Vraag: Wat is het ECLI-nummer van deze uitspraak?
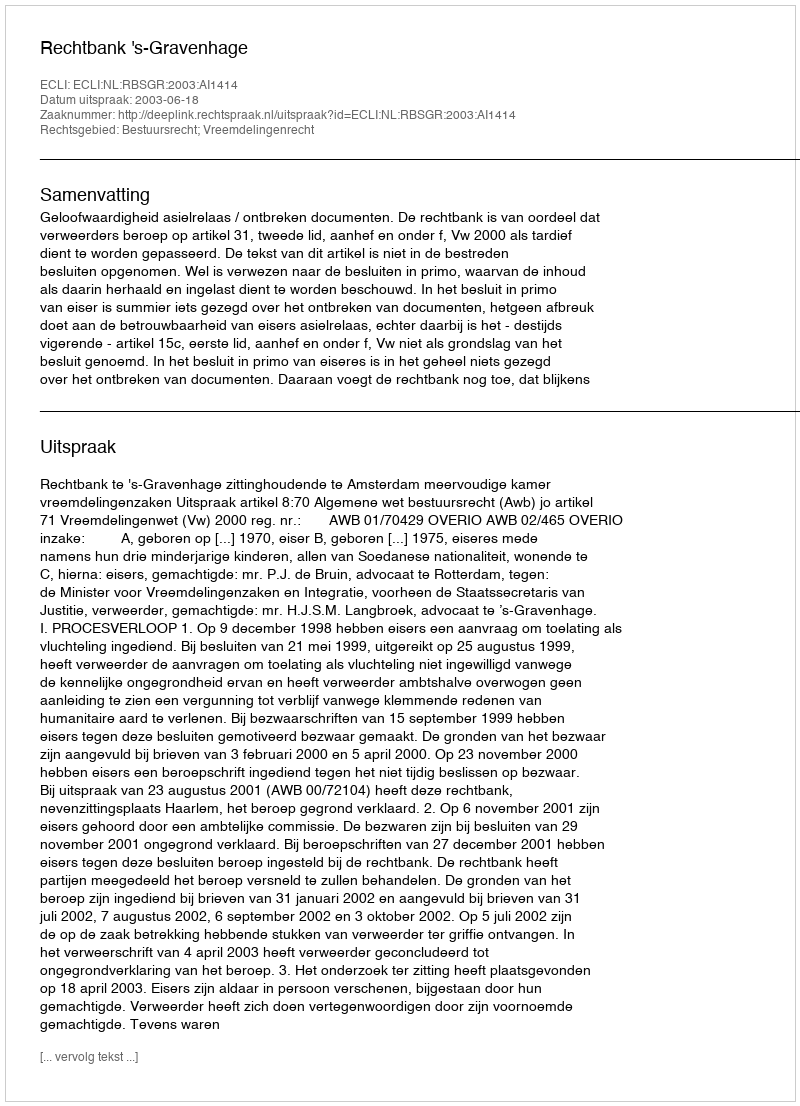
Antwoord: ECLI:NL:RBSGR:2003:AI1414